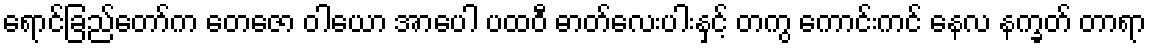
ရောင်ခြည်တော်က တေဇော ဝါယော အာပေါ ပထဝီ ဓာတ်လေးပါးနှင့် တကွ ကောင်းကင် နေလ နက္ခတ် တာရာ